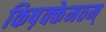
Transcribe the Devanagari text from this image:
किष़क्केमठम्